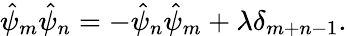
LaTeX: \hat{\psi}_{m}\hat{\psi}_{n}=-\hat{\psi}_{n}\hat{\psi}_{m}+\lambda\delta_{m+n-1}.